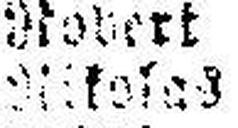
Nikolas